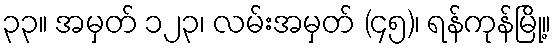
၃၃။ အမှတ် ၁၂၃၊ လမ်းအမှတ် (၄၅)၊ ရန်ကုန်မြို့။